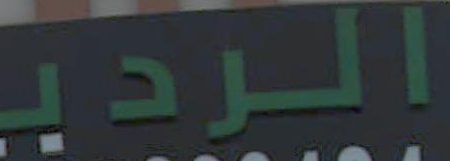
الردي